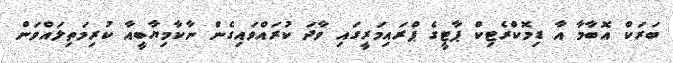
ބަރަކް އޮބާމާ އާ ޑިމޮކްރެޓިކް ޕާޓީގެ ޕްރައިމަރީގައި ވާދަ ކުރައްވައިގެން ނާކާމިޔާބީއާ ކުރިމަތިލައްވަން